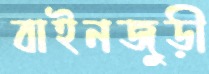
বাইনজুড়ী